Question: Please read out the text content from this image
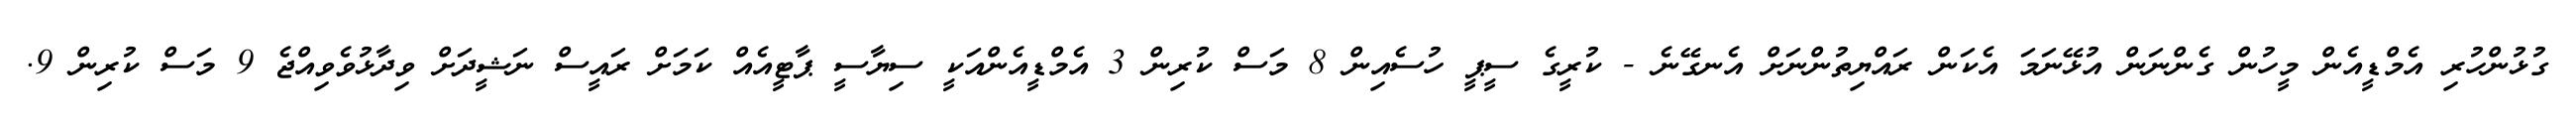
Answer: ގުޅުންހުރި އެމްޑީއެން މީހުން ގެންނަން އުޅޭނަމަ އެކަން ރައްޔިތުންނަށް އެނގޭނެ - ކުރީގެ ސީޕީ ހުސެއިން 8 މަސް ކުރިން 3 އެމްޑީއެންއަކީ ސިޔާސީ ޕާޓީއެއް ކަމަށް ރައީސް ނަޝީދަށް ވިދާޅުވެވިއްޖެ 9 މަސް ކުރިން 9.